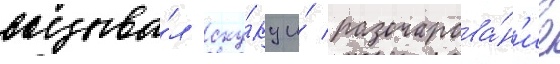
вызыва́л ску́ку и́ разочарова́н'ие